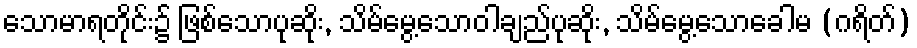
သောမာရတိုင်း၌ ဖြစ်သောပုဆိုး, သိမ်မွေ့သောဝါချည်ပုဆိုး, သိမ်မွေ့သောခေါမ (ဂရိတ်)